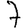
Digit: 7